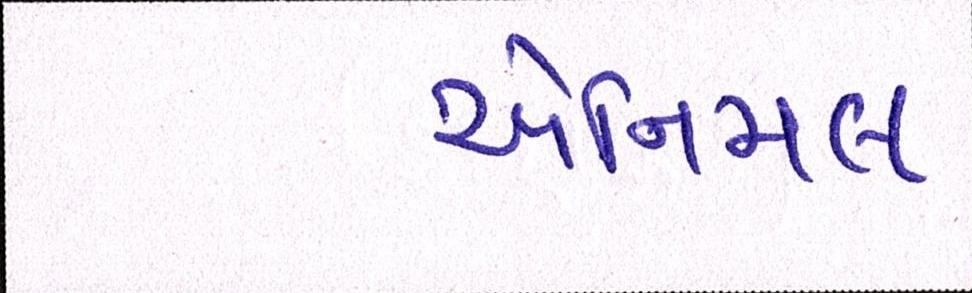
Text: એનિમલ